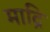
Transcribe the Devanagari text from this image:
माद्रि